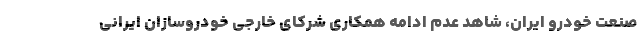
صنعت خودرو ایران، شاهد عدم ادامه همکاری شرکای خارجی خودروسازان ایرانی